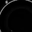
Digit: 8